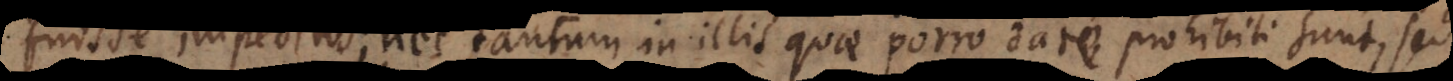
fuisse impeditos; nec tantum in illis quae porro dare prohibiti sunt, sed